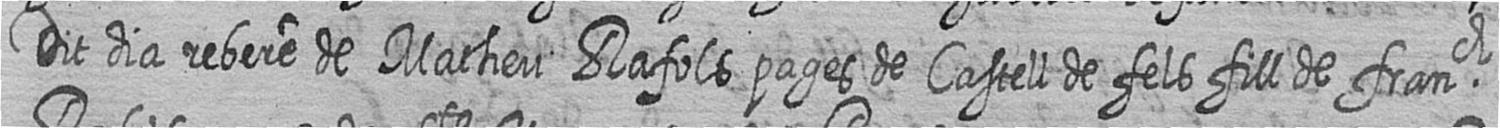
Dit dia rebere de Matheu Rafols pages de Castell de fels fill de franch